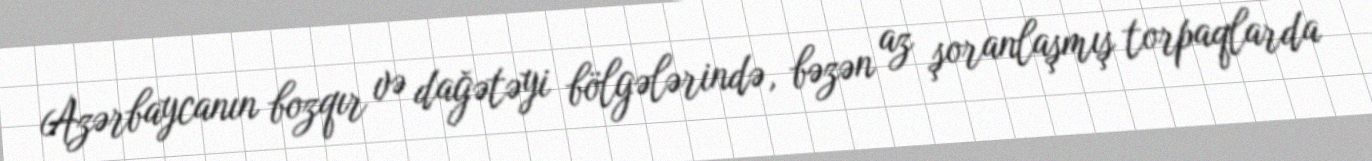
Azərbaycanın bozqır və dağətəyi bölgələrində, bəzən az şoranlaşmış torpaqlarda